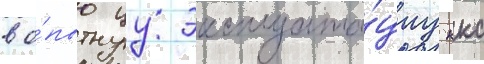
в о́пытнуу эксплуата́циу ккс